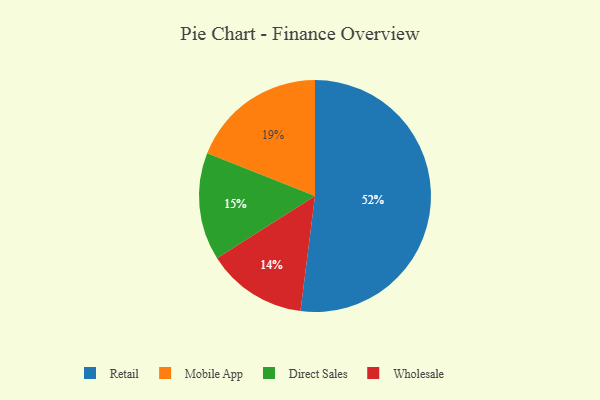
{"axis": {"x": "Category", "y": "Percentage"}, "legend": ["Direct Sales", "Mobile App", "Retail", "Wholesale"], "data": [{"x": "Direct Sales", "y": 15, "type": "Direct Sales"}, {"x": "Mobile App", "y": 19, "type": "Mobile App"}, {"x": "Wholesale", "y": 14, "type": "Wholesale"}, {"x": "Retail", "y": 52, "type": "Retail"}]}